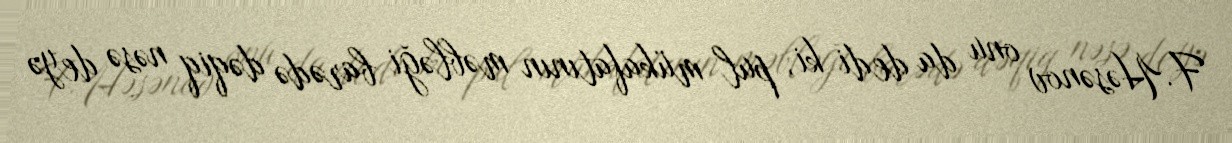
F.Həsənov onu da dedi ki, pul mükafatının məbləği barədə dəqiq nəsə deyə